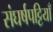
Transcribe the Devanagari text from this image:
संघर्षपट्टियाँ